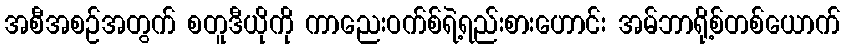
အစီအစဉ်အတွက် စတူဒီယိုကို ကာညေးဝက်စ်ရဲ့ရည်းစားဟောင်း အမ်ဘာရို့စ်တစ်ယောက်